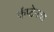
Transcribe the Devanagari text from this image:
कॅप्टेनचा